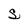
Character: S